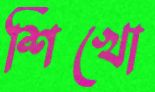
শিখো